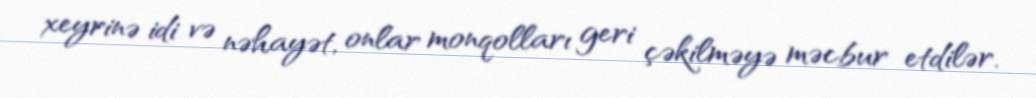
xeyrinə idi və nəhayət, onlar monqolları geri çəkilməyə məcbur etdilər.